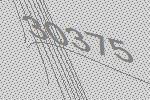
30375